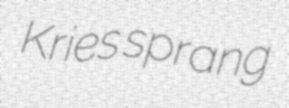
Kries sprang